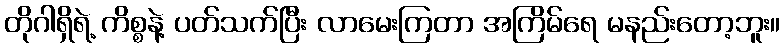
တိုဂါရှိရဲ့ ကိစ္စနဲ့ ပတ်သက်ပြီး လာမေးကြတာ အကြိမ်ရေ မနည်းတော့ဘူး။